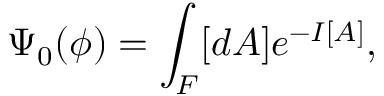
\Psi _ { 0 } ( \phi ) = \int _ { \cal F } [ d A ] e ^ { - I [ A ] } ,